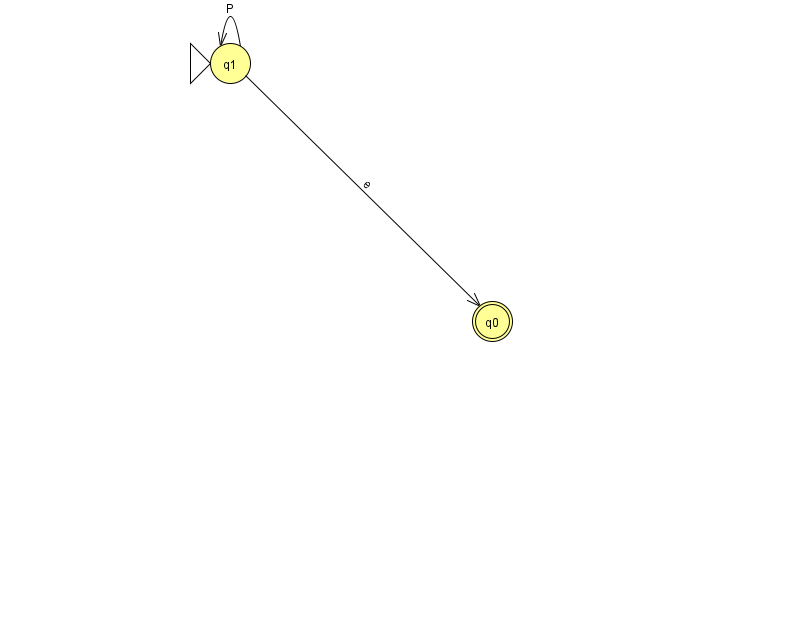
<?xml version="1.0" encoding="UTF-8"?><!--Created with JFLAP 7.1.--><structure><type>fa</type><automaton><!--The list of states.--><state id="0" name="q0"><x>492.0</x><y>308.0</y><final/></state><state id="1" name="q1"><x>230.0</x><y>50.0</y><initial/></state><!--The list of transitions.--><transition><from>1</from><to>1</to><read>P</read></transition><transition><from>1</from><to>0</to><read>e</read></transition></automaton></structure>